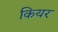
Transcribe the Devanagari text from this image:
कियर